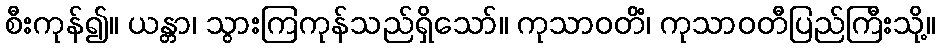
စီးကုန်၍။ ယန္တာ၊ သွားကြကုန်သည်ရှိသော်။ ကုသာဝတိံ၊ ကုသာဝတီပြည်ကြီးသို့။